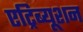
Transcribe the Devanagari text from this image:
एट्रिब्यूशन